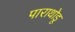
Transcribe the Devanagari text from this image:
पाराथोडू